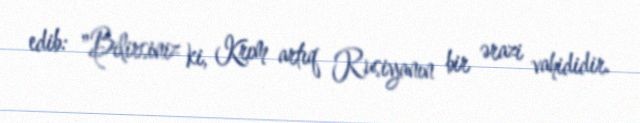
edib: "Bilirsiniz ki, Krım artıq Rusiyanın bir ərazi vahididir.